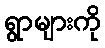
ရွာများကို